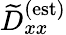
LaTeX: \widetilde{D}_{xx}^{\textrm{(est)}}